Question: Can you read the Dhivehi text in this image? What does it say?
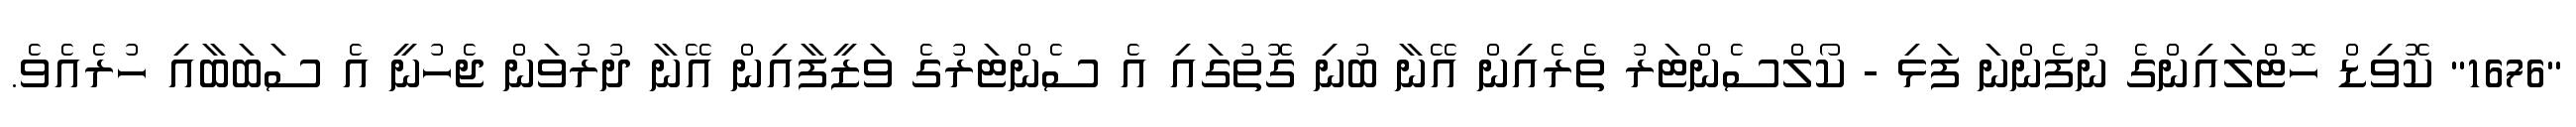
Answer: "1676" ކޮވިޑް ހޮޓްލައިންގެ ނުފެންނަ ފަޅި - ކޯލްސެންޓަރު ތެރެއިން އޭނާ ބުނި ގޮތުގައި އެ ސެންޓަރުގެ ވަޒީފާއިން އޭނާ ދުރުވަން ޖެހުނީ އެ ސަބަބާއި ހުރެއެވެ.